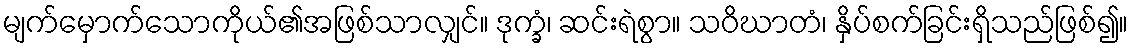
မျက်မှောက်သောကိုယ်၏အဖြစ်သာလျှင်။ ဒုက္ခံ၊ ဆင်းရဲစွာ။ သဝိဃာတံ၊ နှိပ်စက်ခြင်းရှိသည်ဖြစ်၍။